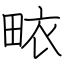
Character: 畩